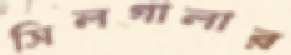
সিলগালার